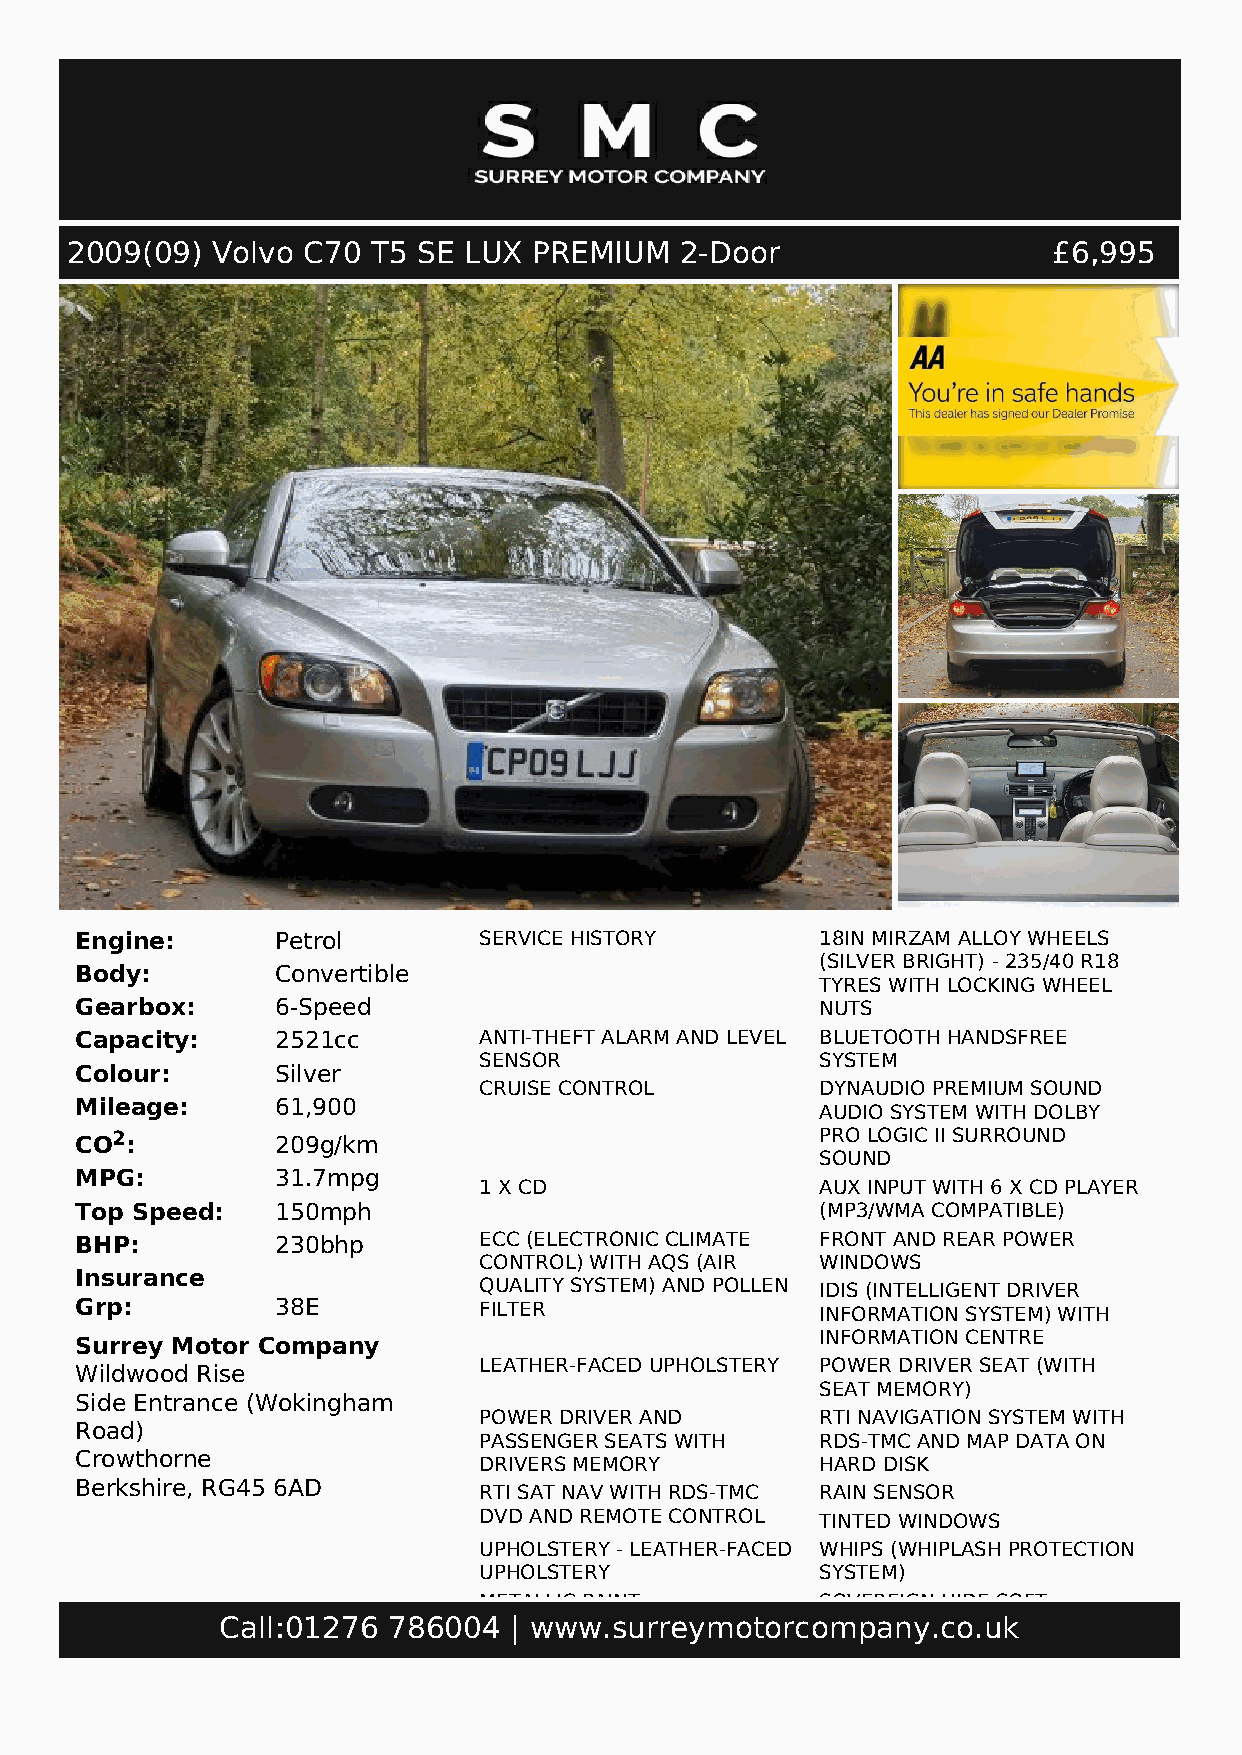
2009(09)  Volvo C70  T5 SE LUX PREMIUM   2-Door                   £6,995
 Engine:      Petrol        SERVICE HISTORY       18IN MIRZAM ALLOY WHEELS
 (SILVER BRIGHT) - 235/40 R18
 Body:        Convertible
 TYRES WITH LOCKING WHEEL
 Gearbox:     6-Speed                             NUTS
 Capacity:    2521cc        ANTI-THEFT ALARM AND LEVEL BLUETOOTH HANDSFREE
 SENSOR                SYSTEM
 Colour:      Silver
 CRUISE CONTROL        DYNAUDIO PREMIUM SOUND
 Mileage:     61,900
 AUDIO SYSTEM WITH DOLBY
 CO2:         209g/km                             PRO LOGIC II SURROUND
 SOUND
 MPG:         31.7mpg
 1 X CD                AUX INPUT WITH 6 X CD PLAYER
 Top Speed:   150mph                              (MP3/WMA COMPATIBLE)
 BHP:         230bhp        ECC (ELECTRONIC CLIMATE FRONT AND REAR POWER
 CONTROL) WITH AQS (AIR WINDOWS
 Insurance
 QUALITY SYSTEM) AND POLLEN IDIS (INTELLIGENT DRIVER
 Grp:         38E           FILTER                INFORMATION SYSTEM) WITH
 INFORMATION CENTRE
 Surrey Motor Company
 LEATHER-FACED UPHOLSTERY POWER DRIVER SEAT (WITH
 Wildwood Rise
 SEAT MEMORY)
 Side Entrance (Wokingham
 POWER DRIVER AND      RTI NAVIGATION SYSTEM WITH
 Road)
 PASSENGER SEATS WITH  RDS-TMC AND MAP DATA ON
 Crowthorne
 DRIVERS MEMORY        HARD DISK
 Berkshire, RG45 6AD
 RTI SAT NAV WITH RDS-TMC RAIN SENSOR
 DVD AND REMOTE CONTROL TINTED WINDOWS
 UPHOLSTERY - LEATHER-FACED WHIPS (WHIPLASH PROTECTION
 UPHOLSTERY            SYSTEM)
 METALLIC PAINT        SOVEREIGN HIDE SOFT
 Call:01276 786004  | www.surreymotorcoLmEATpHaEnR yUP.cHoOL.SuTkERY
 SAT NAV,LEATHER INTERIOR,HEATED SEATS,CRUISE